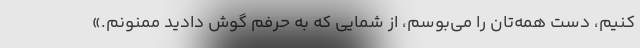
کنیم، دست همه‌تان را می‌بوسم، از شمایی که به حرفم گوش دادید ممنونم.»